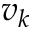
v _ { k }